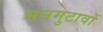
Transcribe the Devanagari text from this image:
मनमुटावों